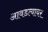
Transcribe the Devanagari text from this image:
आवडत्यावर